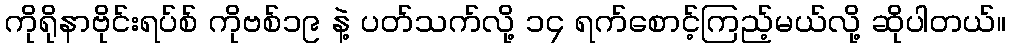
ကိုရိုနာဗိုင်းရပ်စ် ကိုဗစ်၁၉ နဲ့ ပတ်သက်လို့ ၁၄ ရက်စောင့်ကြည့်မယ်လို့ ဆိုပါတယ်။